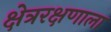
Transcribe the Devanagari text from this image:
क्षेत्ररक्षणाला